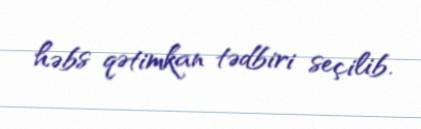
həbs qətimkan tədbiri seçilib.